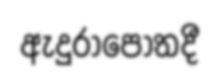
ඇදුරාපොතදී